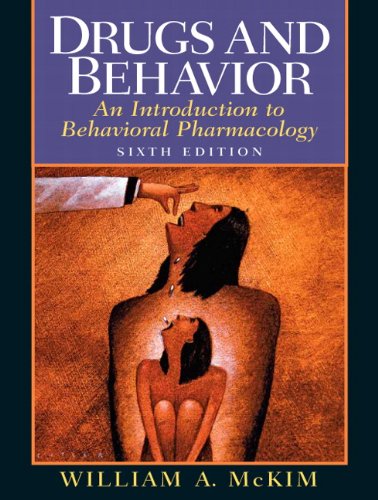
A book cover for Drugs and Behavior: An Introduction to Behavioral Pharmacology (6th Edition); William A. McKim Ph.D.; Medical Books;